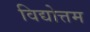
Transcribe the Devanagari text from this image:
विद्योत्तम